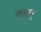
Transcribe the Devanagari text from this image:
कहान्